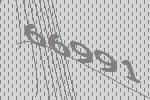
66991